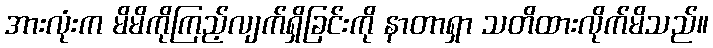
အားလုံးက မိမိကိုကြည့်လျက်ရှိခြင်းကို နာတာရှာ သတိထားလိုက်မိသည်။